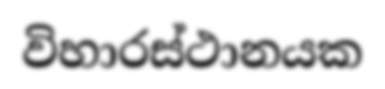
විහාරස්ථානයක